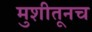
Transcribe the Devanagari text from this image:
मुशीतूनच